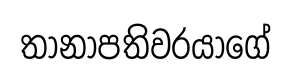
තානාපතිවරයාගේ